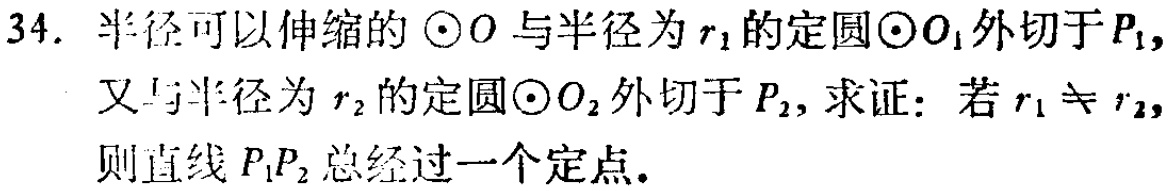
34. 半径可以伸缩的\(\odot O\)与半径为\(r_1\)的定圆\(\odot O_1\)外切于\(P_1\)，又与半径为\(r_2\)的定圆\(\odot O_2\)外切于\(P_2\)，求证：若\(r_1\neq r_2\)，则直线\(P_1P_2\)总经过一个定点.